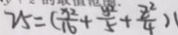
2 5 = ( \frac { x ^ { 2 } } { 1 6 } + \frac { y ^ { 2 } } { 5 } + \frac { z ^ { 2 } } { 4 } )